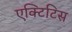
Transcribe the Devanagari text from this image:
एक्टिटिस